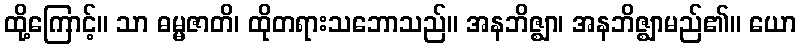
ထို့ကြောင့်။ သာ ဓမ္မဇာတိ၊ ထိုတရားသဘောသည်။ အနဘိဇ္ဈာ၊ အနဘိဇ္ဈာမည်၏။ ယော